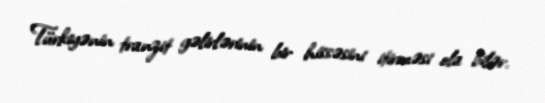
Türkiyənin tranzit gəlirlərinin bir hissəsini itirməsi ola bilər.